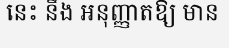
នេះ នឹង អនុញ្ញាតឱ្យ មាន